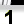
Digit: 1